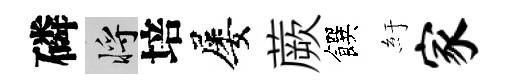
磷將培屡蕨饌紆家